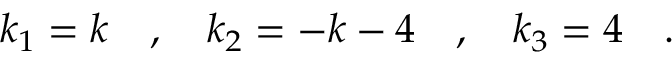
k _ { 1 } = k \quad , \quad k _ { 2 } = - k - 4 \quad , \quad k _ { 3 } = 4 \quad .